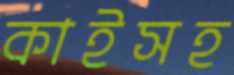
কাইসহ